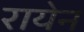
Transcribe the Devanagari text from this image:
रायेन